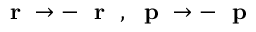
\mathrm { ~ \bf ~ r ~ } \to - \mathrm { ~ \bf ~ r ~ } \; , \mathrm { ~ \bf ~ p ~ } \to - \mathrm { ~ \bf ~ p ~ }